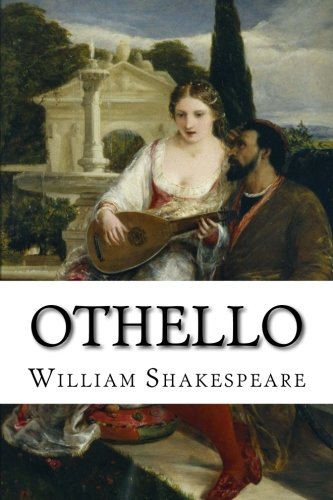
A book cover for Othello; William Shakespeare; Romance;